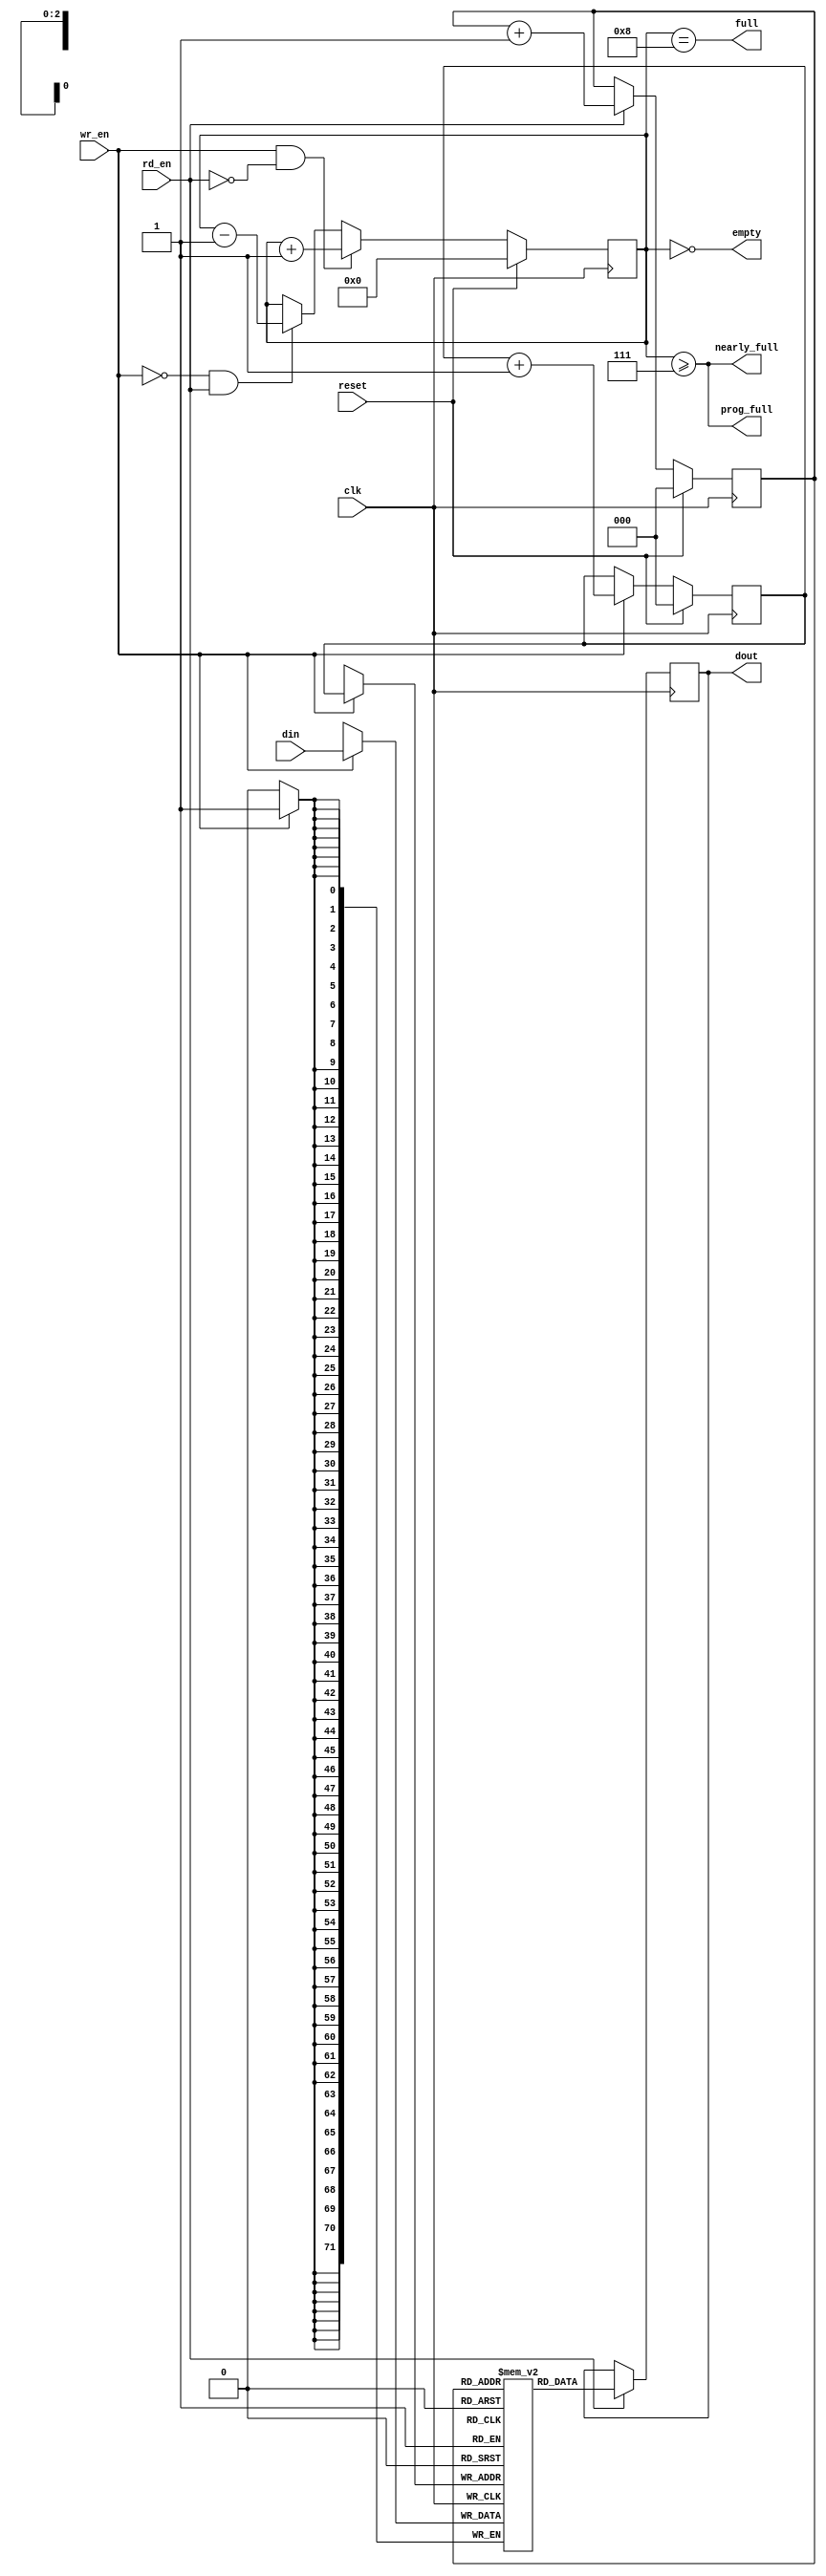
///////////////////////////////////////////////////////////////////////////////
//
// Module: small_fifo.v
// Project: UNET
// Description: small fifo with no fallthrough i.e. data valid after rd is high
//
///////////////////////////////////////////////////////////////////////////////

  module small_fifo
    #(parameter WIDTH = 72,
      parameter MAX_DEPTH_BITS = 3,
      parameter PROG_FULL_THRESHOLD = 2**MAX_DEPTH_BITS - 1
      )
    (
		   
     input [WIDTH-1:0] din,     // Data in
     input          wr_en,   // Write enable
     
     input          rd_en,   // Read the next word 
     
     output reg [WIDTH-1:0]  dout,    // Data out
     output         full,
     output         nearly_full,
     output         prog_full,
     output         empty,
     
     input          reset,
     input          clk
     );


parameter MAX_DEPTH        = 2 ** MAX_DEPTH_BITS;
   
reg [WIDTH-1:0] queue [MAX_DEPTH - 1 : 0];
reg [MAX_DEPTH_BITS - 1 : 0] rd_ptr;
reg [MAX_DEPTH_BITS - 1 : 0] wr_ptr;
reg [MAX_DEPTH_BITS : 0] depth;

// Sample the data
always @(posedge clk)
begin
   if (wr_en) 
      queue[wr_ptr] <= din;
   if (rd_en)
      dout <= 
	      // synthesis translate_off
	      #1
	      // synthesis translate_on
	      queue[rd_ptr];
end

always @(posedge clk)
begin
   if (reset) begin
      rd_ptr <= 'h0;
      wr_ptr <= 'h0;
      depth  <= 'h0;
   end
   else begin
      if (wr_en) wr_ptr <= wr_ptr + 'h1;
      if (rd_en) rd_ptr <= rd_ptr + 'h1;
      if (wr_en & ~rd_en) depth <= 
				   // synthesis translate_off
				   #1
				   // synthesis translate_on
				   depth + 'h1;
      else if (~wr_en & rd_en) depth <= 
				   // synthesis translate_off
				   #1
				   // synthesis translate_on
				   depth - 'h1;
   end
end

//assign dout = queue[rd_ptr];
assign full = depth == MAX_DEPTH;
assign prog_full = (depth >= PROG_FULL_THRESHOLD);
assign nearly_full = depth >= MAX_DEPTH-1;
assign empty = depth == 'h0;

// synthesis translate_off
always @(posedge clk)
begin
   if (wr_en && depth == MAX_DEPTH && !rd_en)
      $display($time, " ERROR: Attempt to write to full FIFO: %m");
   if (rd_en && depth == 'h0)
      $display($time, " ERROR: Attempt to read an empty FIFO: %m");
end
// synthesis translate_on

endmodule // small_fifo


/* vim:set shiftwidth=3 softtabstop=3 expandtab: */